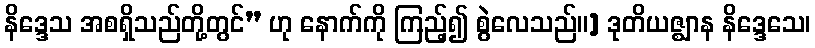
နိဒ္ဒေသ အစရှိသည်တို့တွင်” ဟု နောက်ကို ကြည့်၍ စွဲလေသည်။] ဒုတိယဇ္ဈာန နိဒ္ဒေသေ၊